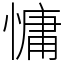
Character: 慵